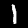
Label: 1